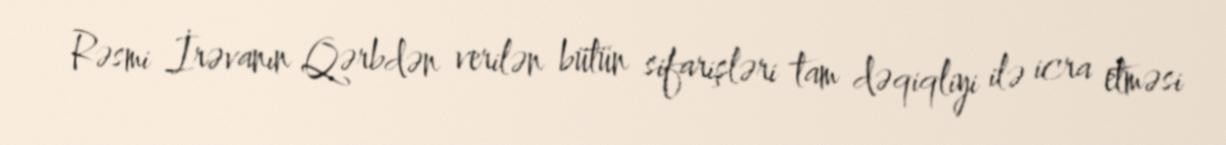
Rəsmi İrəvanın Qərbdən verilən bütün sifarişləri tam dəqiqliyi ilə icra etməsi